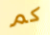
كم